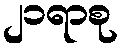
၂၁ရာစု